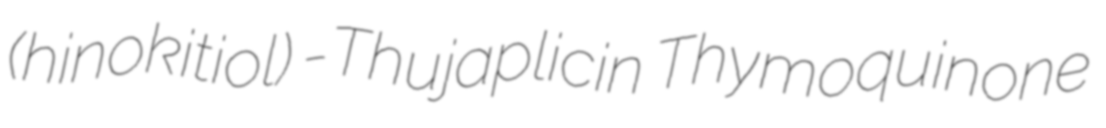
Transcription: (hinokitiol) γ-Thujaplicin Thymoquinone